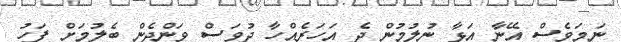
ނަމަވެސް އޭނާ އަޅާ ނުލުމުން ދެ އަހަރެއްހާ ދުވަސް ވަންދެން ބެލުމަށް ފަހު